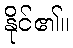
နိုင်၏။